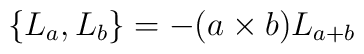
\{L_{a},L_{b}\}=-(a\times b)L_{a+b}